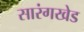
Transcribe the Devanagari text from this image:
सारंगखेड